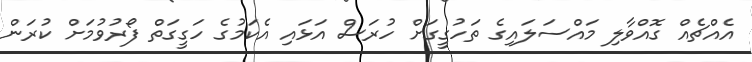
އެއްޗެއް ގޮއްވާލި މައްސަލައިގެ ތަހުގީގަށް ހުރަސް އަޅައި އެކަމުގެ ހަގީގަތް ފޯރުވުމަށް ކުރަން